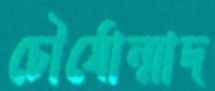
চৌর্যোন্মাদ